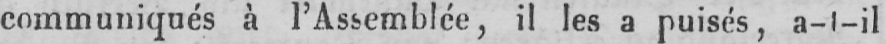
communiqués à l’Assemblée, il les a puisés, a-l-il